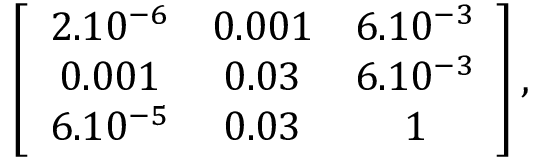
\left[ \begin{array} { c c c } { { 2 . 1 0 ^ { - 6 } } } & { { 0 . 0 0 1 } } & { { 6 . 1 0 ^ { - 3 } } } \\ { { 0 . 0 0 1 } } & { { 0 . 0 3 } } & { { 6 . 1 0 ^ { - 3 } } } \\ { { 6 . 1 0 ^ { - 5 } } } & { { 0 . 0 3 } } & { { 1 } } \end{array} \right] ,